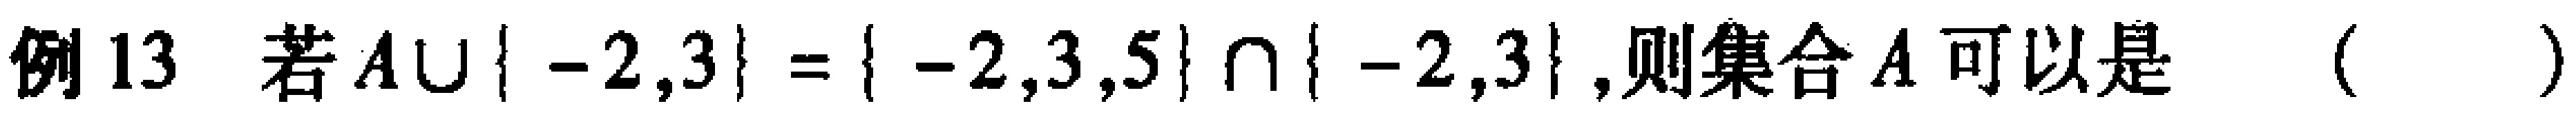
例13 若$A\cup\{ -2,3\} =\{ -2,3,5\} \cap \{ -2,3\}$,则集合$A$可以是 （  ）